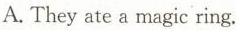
A. They ate a magic ring.